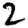
Digit: 2